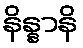
နိန္နာနိ